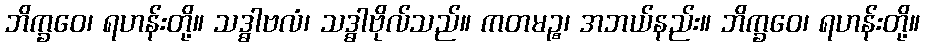
ဘိက္ခဝေ၊ ရဟန်းတို့။ သဒ္ဓါဗလံ၊ သဒ္ဓါဗိုလ်သည်။ ကတမဉ္စ၊ အဘယ်နည်း။ ဘိက္ခဝေ၊ ရဟန်းတို့။